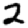
Digit: 2